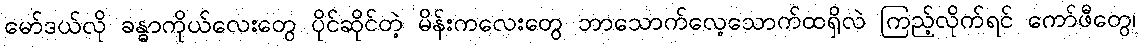
မော်ဒယ်လို ခန္ဓာကိုယ်လေးတွေ ပိုင်ဆိုင်တဲ့ မိန်းကလေးတွေ ဘာသောက်လေ့သောက်ထရှိလဲ ကြည့်လိုက်ရင် ကော်ဖီတွေ၊